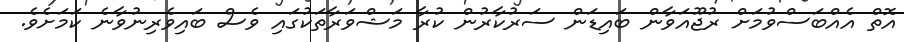
އޮތް އެއްބަސްވުމަށް ރުޖޫއަވާން ބައިޑަން ސަރުކާރުން ކުރާ މަޝްވަރާތަކުގައި ވެސް ބައިވެރިނުވާނެ ކަމަށެވެ.